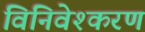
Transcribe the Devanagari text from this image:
विनिवेश्करण